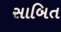
સાબિત